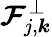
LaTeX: \boldsymbol{\mathcal{F}}_{j,\boldsymbol{k}}^{\bot}